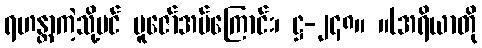
ရဟန္တာကဲ့သို့ပင် ပူဇော်အပ်ကြောင်း၊ ဋ္ဌ-၂၄၈။ ။(အရိယာတို